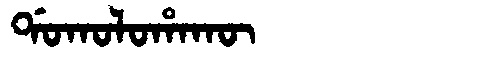
Manchu: ᡩᠣᡴᠣᠯᠣᡥᠠᡴᡡ
Romanization: DOKOLOHAKŪ